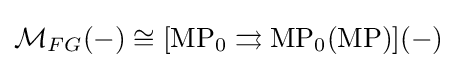
{\mathcal {M}}_{FG}(-)\cong [{\text{MP}}_{0}\rightrightarrows {\text{MP}}_{0}({\text{MP}})](-)